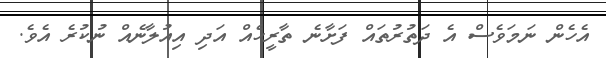
އެހެން ނަމަވެސް އެ ދަތުރުތައް ފަށާނެ ތާރީހެއް އަދި އިއުލާނެއް ނުކުރެ އެވެ.